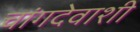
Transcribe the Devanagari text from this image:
चांगदेवाशी